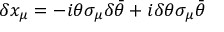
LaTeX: \delta x _ { \mu } = - i \theta \sigma _ { \mu } \delta \bar { \theta } + i \delta \theta \sigma _ { \mu } \bar { \theta }